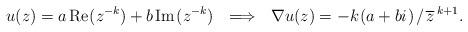
LaTeX: \begin{align*}u(z) = a\kern 1.5pt \hbox{Re\kern 1pt }(z^{-k}) +b\kern 1.5pt \hbox{Im\kern 1pt }(z^{-k}) ~~\Longrightarrow ~~ \nabla u(z) = -k\kern .7pt (a+bi\kern .7pt )\kern 1pt /\kern 1.5pt \overline{z}^{\kern 2pt k+1}.\end{align*}